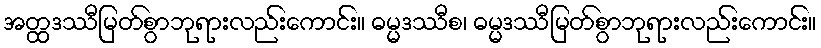
အတ္ထဒဿီမြတ်စွာဘုရားလည်းကောင်း။ ဓမ္မဒဿီစ၊ ဓမ္မဒဿီမြတ်စွာဘုရားလည်းကောင်း။